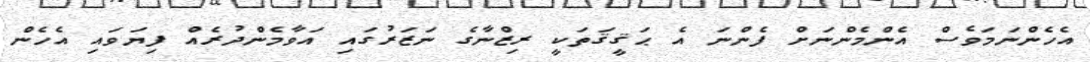
އެހެންނަމަވެސް އެންމެންނަށް ފެންނަ އެ ޙަޤީޤަތަކީ ރިޒްނާގެ ނަޒަރުގައި އަވާމެންދުރެއް ފިޔަވައި އެހެން